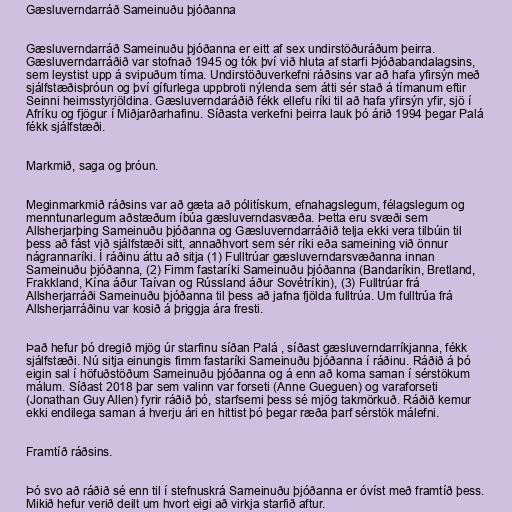
Gæsluverndarráð Sameinuðu þjóðanna

Gæsluverndarráð Sameinuðu þjóðanna er eitt af sex undirstöðuráðum þeirra.
Gæsluverndarráðið var stofnað 1945 og tók því við hluta af starfi Þjóðabandalagsins,
sem leystist upp á svipuðum tíma. Undirstöðuverkefni ráðsins var að hafa yfirsýn með
sjálfstæðisþróun og því gífurlega uppbroti nýlenda sem átti sér stað á tímanum eftir
Seinni heimsstyrjöldina. Gæsluverndaráðið fékk ellefu ríki til að hafa yfirsýn yfir, sjö í
Afríku og fjögur í Miðjarðarhafinu. Síðasta verkefni þeirra lauk þó árið 1994 þegar Palá
fékk sjálfstæði.

Markmið, saga og þróun.

Meginmarkmið ráðsins var að gæta að pólitískum, efnahagslegum, félagslegum og
menntunarlegum aðstæðum íbúa gæsluverndasvæða. Þetta eru svæði sem
Allsherjarþing Sameinuðu þjóðanna og Gæsluverndarráðið telja ekki vera tilbúin til
þess að fást við sjálfstæði sitt, annaðhvort sem sér ríki eða sameining við önnur
nágrannaríki. Í ráðinu áttu að sitja (1) Fulltrúar gæsluverndarsvæðanna innan
Sameinuðu þjóðanna, (2) Fimm fastaríki Sameinuðu þjóðanna (Bandaríkin, Bretland,
Frakkland, Kína áður Taívan og Rússland áður Sovétríkin), (3) Fulltrúar frá
Allsherjarráði Sameinuðu þjóðanna til þess að jafna fjölda fulltrúa. Um fulltrúa frá
Allsherjarráðinu var kosið á þriggja ára fresti.

Það hefur þó dregið mjög úr starfinu síðan Palá , síðast gæsluverndarríkjanna, fékk
sjálfstæði. Nú sitja einungis fimm fastaríki Sameinuðu þjóðanna í ráðinu. Ráðið á þó
eigin sal í höfuðstöðum Sameinuðu þjóðanna og á enn að koma saman í sérstökum
málum. Síðast 2018 þar sem valinn var forseti (Anne Gueguen) og varaforseti
(Jonathan Guy Allen) fyrir ráðið þó, starfsemi þess sé mjög takmörkuð. Ráðið kemur
ekki endilega saman á hverju ári en hittist þó þegar ræða þarf sérstök málefni.

Framtíð ráðsins.

Þó svo að ráðið sé enn til í stefnuskrá Sameinuðu þjóðanna er óvíst með framtíð þess.
Mikið hefur verið deilt um hvort eigi að virkja starfið aftur.